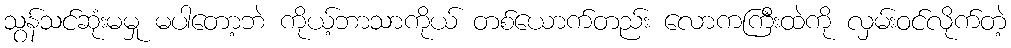
သွန်သင်ဆုံးမမှု မပါတော့ဘဲ ကိုယ့်ဘာသာကိုယ် တစ်ယောက်တည်း လောကကြီးထဲကို လှမ်းဝင်လိုက်တဲ့